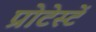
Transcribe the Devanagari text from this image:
प्रोटेस्टें